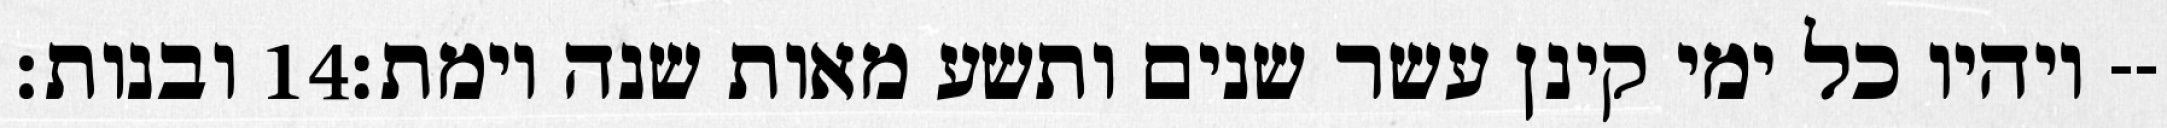
ובנות׃ ‎14‏ ויהיו כל ימי קינן עשר שנים ותשע מאות שנה וימת׃--